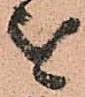
を